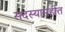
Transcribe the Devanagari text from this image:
सदस्यासहीत